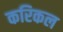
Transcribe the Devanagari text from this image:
करिकल